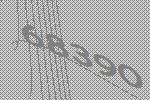
68390